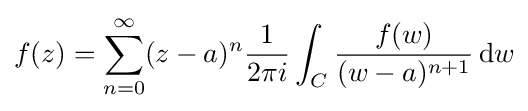
f(z)=\sum _{n=0}^{\infty }(z-a)^{n}{1 \over 2\pi i}\int _{C}{f(w) \over (w-a)^{n+1}}\,\mathrm {d} w